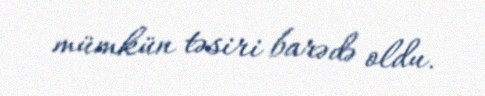
mümkün təsiri barədə oldu.